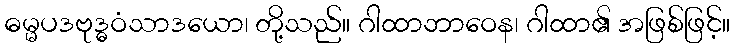
ဓမ္မပဒဗုဒ္ဓဝံသာဒယော၊ တို့သည်။ ဂါထာဘာဝေန၊ ဂါထာ၏ အဖြစ်ဖြင့်။